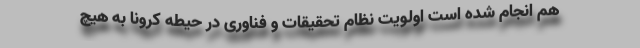
هم انجام شده است اولویت نظام تحقیقات و فناوری در حیطه کرونا به هیچ